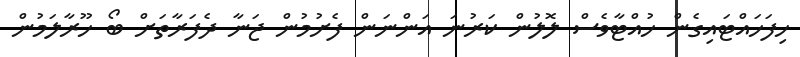
ހިފަހައްޓައިގެން ހުއްޓާވެސް ލޮލުން ކަރުނަ އަންނަން ފެށުމުން ޖަނާ ދެފަރާތަށް ބޯ ހޫރާލަމުން